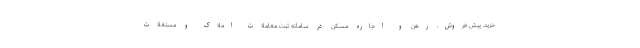
خرید، پیش فروش، رهن و اجاره مسکن در سامانه ثبت معاملات املاک و مستغلات